Report on vaccination in Madras 1877-1894 - 1877-1894
Year: 1877
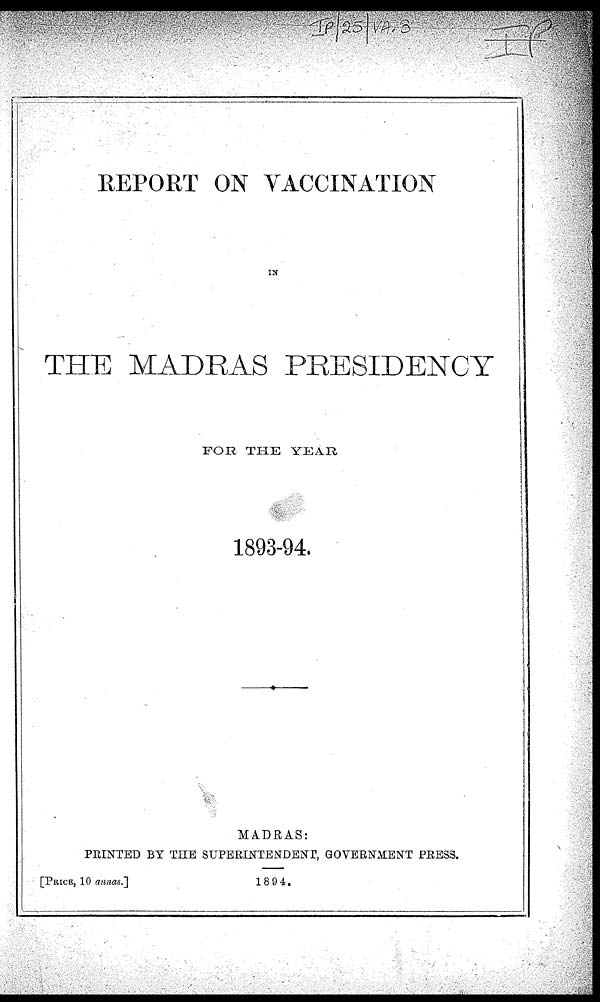
REPORT ON VACCINATION
IN
!
THE MADRAS PRESIDENCY
FOR THE YEAR
1893-94.
MADRAS:
PRINTED BY THE SUPERINTENDENT, GOVERNMENT PRESS.
[PRICE, 10 annas.]
1894.